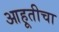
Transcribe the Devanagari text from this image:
आहूतीचा